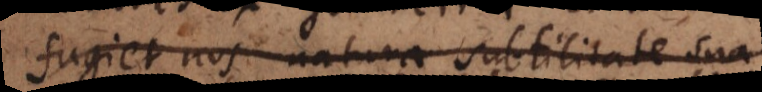
fugiet nos natura subtilitate sua